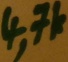
Text: 4,7k